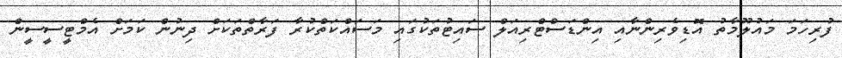
ފުރިހަމަ މައުލޫމާތު އޮޑިވެރިންނާއި އިންޑަސްޓްރިއަލް ސައިޓުތަކުގައި މަސައްކަތްކުރާ ފަރާތްތަކަށް ދިނުން ކަމަށް އެމްޓީސީސީން